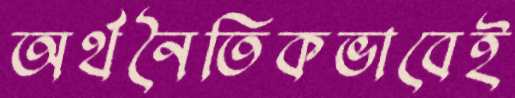
অর্থনৈতিকভাবেই